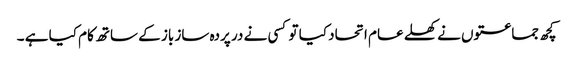
کچھ جماعتوں نے کھلے عام اتحاد کیا تو کسی نے در پردہ ساز باز کے ساتھ کام کیا ہے ۔